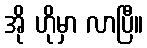
အို ဟိုမှာ လာပြီ။